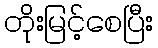
တိုးမြင့်စေပြီး